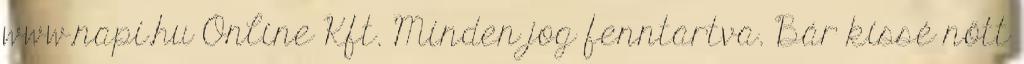
www.napi.hu Online Kft. Minden jog fenntartva. Bár kissé nőtt